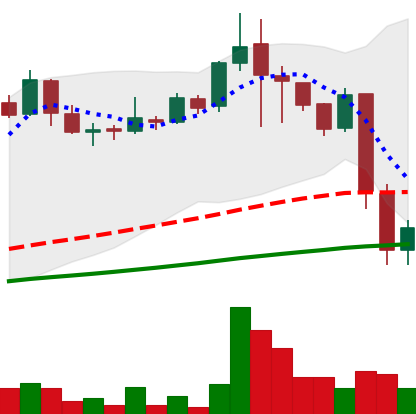
Ticker: LINK-USD
Chart end date: 2018-11-21
Forward return: -22.759%
Label: down_7plus